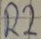
Text: R2